[Report on the health of British troops in the Madras command]
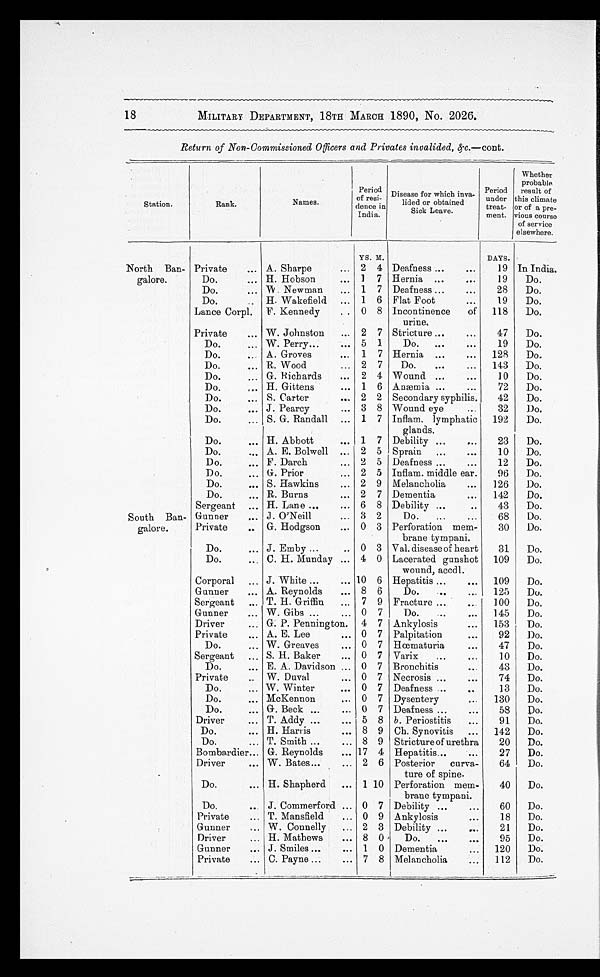
MILITARY DEPARTMENT, 18TH MARCH 1890, No. 2026.
Return of Non-Commissioned Officers and Privates invalided, & c.—cont.
Station.
Rank.
Names.
Period
of resi-
dence in
India.
Disease for which inva-
lided or obtained
Sick Leave.
Period
under
treat-
ment.
Whether
probable
result of
this climate
or of a pre-
vious course
of service
elsewhere.
YS. M.
DAYS.
North Ban-
galore.
Private
A. Sharpe
2 4 Deafness
19 In India.
Do.
H. Hobson
1 7 Hernia
19
Do.
Do.
W. Newman
1 7 Deafness
28
Do.
Do.
H. Wakefield
1 6 Flat Foot
19
Do.
Lance Corpl. F. Kennedy
0 8 Incontinence
of
urine.
118
Do.
Private
W. Johnston
2 7 Stricture
47
Do.
Do.
W. Perry
5 1
Do.
19
Do.
Do.
A. Groves
1 7 Hernia
128
Do.
Do.
R. Wood
2 7
Do.
143
Do.
Do.
G. Richards
2 4 Wound
10
Do.
Do.
H. Gittens
1 6 Anæmia
72
Do.
Do.
S. Carter
2 2 Secondary syphilis.
42
Do.
Do.
J. Pearcy
3 8 Wound eye
32
Do.
Do.
S. G. Randall
1 7 Inflam. lymphatic
glands.
192
Do.
Do.
H. Abbott
1 7 Debility
23
Do.
Do.
A. E. Bolwell
2 5 Sprain
10
Do.
Do.
F. Darch
2 5 Deafness
12
Do.
Do.
G. Prior
2 5 Inflam. middle ear.
96
Do.
Do.
S. Hawkins
2 9 Melancholia
126
Do.
Do.
R. Burns
2 7 Dementia
142
Do.
Sergeant
H. Lane
6 8 Debility
43
Do.
South Ban-
galore.
Gunner
J. O'Neill
3 2
Do.
68
Do.
Private
G. Hodgson
0 3 Perforation mem-
brane tympani.
30
Do.
Do.
J. Emby
0 3 Val. disease of heart
31
Do.
Do.
C. H. Munday
4 0 Lacerated gunshot
wound, accdl.
109
Do.
Corporal
J. White
10 6 Hepatitis
109
Do.
Gunner
A. Reynolds
8 6
Do.
125
Do.
Sergeant
T. H. Griffin
7 9 Fracture
100
Do.
Gunner
W. Gibs
0 7
Do.
145
Do.
Driver
G. P. Pennington. 4 7 Ankylosis
153
Do.
Private
A. E. Lee
0 7 Palpitation
92
Do.
Do.
W. Greaves
0 7 Hœmaturia
47
Do.
Sergeant
S. H. Baker
0 7 Varix
10
Do.
Do.
E. A. Davidson
0 7 Bronchitis
43
Do.
Private
W. Duval
0 7 Necrosis
74
Do.
Do.
W. Winter
0 7 Deafness
13
Do.
Do.
McKennon
0 7 Dysentery
130
Do.
Do.
G. Beck
0 7 Deafness
58
Do.
Driver
T. Addy
5 8 b. Periostitis
91
Do.
Do.
H. Harris
8 9 Ch. Synovitis
142
Do.
Do.
T. Smith
8 9 Stricture of urethra
20
Do.
Bombardier
G. Reynolds
17 4 Hepatitis
27
Do.
Driver
W. Bates
2 6 Posterior
curva-
ture of spine.
64
Do.
Do.
H. Shapherd
1 10 Perforation mem-
brane tympani.
40
Do.
Do.
J. Commerford
0 7 Debility
60
Do.
Private
T. Mansfield
0 9 Ankylosis
18
Do.
Gunner
W. Connelly
2 3 Debility
21
Do.
Driver
H. Mathews
8 0
Do.
95
Do.
Gunner
J. Smiles
1 0 Dementia
120
Do.
Private
C. Payne
7 8 Melancholia
112
Do.
18